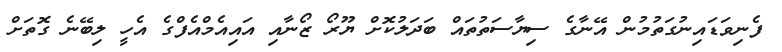
ފެނިވަޑައިނުގަތުމުން އޭނާގެ ސިޔާސަތުތައް ބަދަލުކޮށް ޔޫރޯ ޒޯނާއި އައިއެމްއެފްގެ އެހީ ލިބޭނެ ގޮތަށް